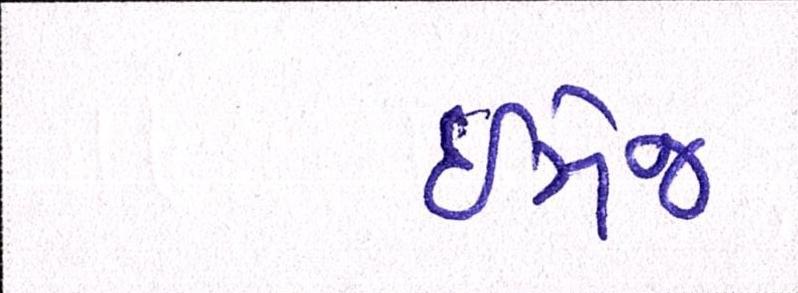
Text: ઇમેજ